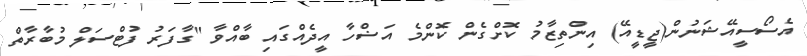
އެސޯސީއޭޝަނުން(ޖީޑީއޭ) އިންތިޒާމު ކޮށްގެން ކޮންމެ އަޟްހާ އީދެއްގައި ބާއްވާ "ގާފަރު ފުޓްސަލް މުބާރާތް